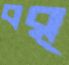
বর্